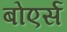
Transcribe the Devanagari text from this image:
बोएर्स